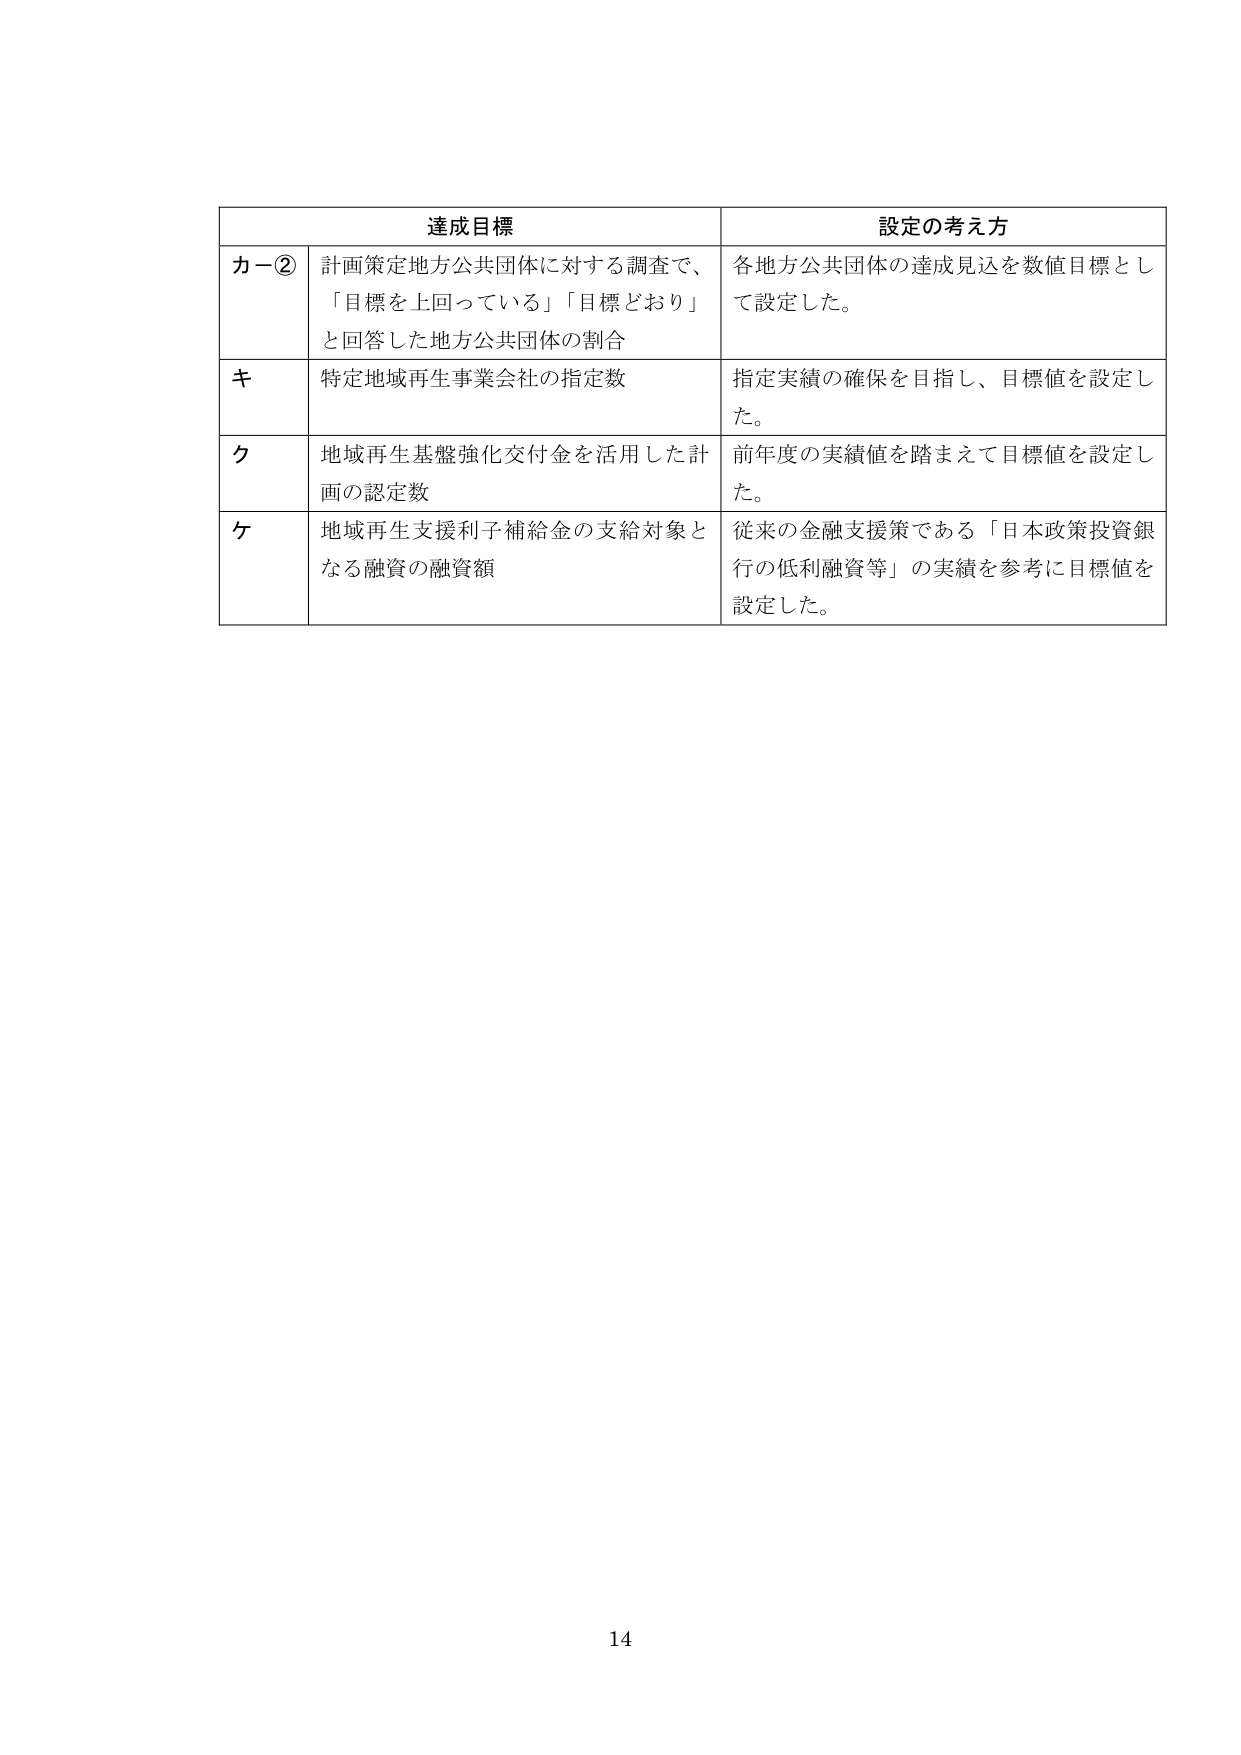
達成目標 設定の考え方
カー② 計画策定地方公共団体に対する調査で、 各地方公共団体の達成見込を数値目標とし
「目標を上回っている」「目標どおり」 て設定した。
と回答した地方公共団体の割合
キ 特定地域再生事業会社の指定数 指定実績の確保を目指し、目標値を設定し
た。
ク 地域再生基盤強化交付金を活用した計 前年度の実績値を踏まえて目標値を設定し
画の認定数 た。
ケ 地域再生支援利子補給金の支給対象と 従来の金融支援策である「日本政策投資銀
なる融資の融資額 行の低利融資等」の実績を参考に目標値を
設定した。
14